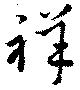
祥